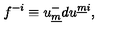
f ^ { - i } \equiv u _ { \underline { m } } ^ { - } d u ^ { \underline { { m } } i } ,